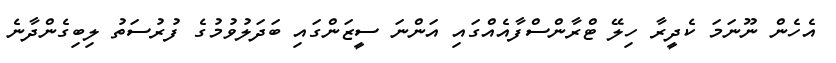
އެހެން ނޫނަމަ ކެދީރާ ހިލޭ ޓްރާންސްފާއެއްގައި އަންނަ ސީޒަންގައި ބަދަލުވުުމުގެ ފުރުސަތު ލިބިގެންދާނެ